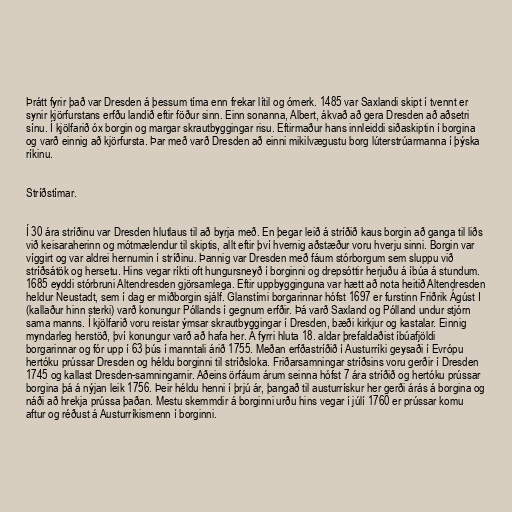
Þrátt fyrir það var Dresden á þessum tíma enn frekar lítil og ómerk. 1485 var Saxlandi skipt í tvennt er
synir kjörfurstans erfðu landið eftir föður sinn. Einn sonanna, Albert, ákvað að gera Dresden að aðsetri
sínu. Í kjölfarið óx borgin og margar skrautbyggingar risu. Eftirmaður hans innleiddi siðaskiptin í borgina
og varð einnig að kjörfursta. Þar með varð Dresden að einni mikilvægustu borg lúterstrúarmanna í þýska
ríkinu.

Stríðstímar.

Í 30 ára stríðinu var Dresden hlutlaus til að byrja með. En þegar leið á stríðið kaus borgin að ganga til liðs
við keisaraherinn og mótmælendur til skiptis, allt eftir því hvernig aðstæður voru hverju sinni. Borgin var
víggirt og var aldrei hernumin í stríðinu. Þannig var Dresden með fáum stórborgum sem sluppu við
stríðsátök og hersetu. Hins vegar ríkti oft hungursneyð í borginni og drepsóttir herjuðu á íbúa á stundum.
1685 eyddi stórbruni Altendresden gjörsamlega. Eftir uppbygginguna var hætt að nota heitið Altendresden
heldur Neustadt, sem í dag er miðborgin sjálf. Glanstími borgarinnar hófst 1697 er furstinn Friðrik Ágúst I
(kallaður hinn sterki) varð konungur Póllands í gegnum erfðir. Þá varð Saxland og Pólland undur stjórn
sama manns. Í kjölfarið voru reistar ýmsar skrautbyggingar í Dresden, bæði kirkjur og kastalar. Einnig
myndarleg herstöð, því konungur varð að hafa her. Á fyrri hluta 18. aldar þrefaldaðist íbúafjöldi
borgarinnar og fór upp í 63 þús í manntali árið 1755. Meðan erfðastríðið í Austurríki geysaði í Evrópu
hertóku prússar Dresden og héldu borginni til stríðsloka. Friðarsamningar stríðsins voru gerðir í Dresden
1745 og kallast Dresden-samningarnir. Aðeins örfáum árum seinna hófst 7 ára stríðið og hertóku prússar
borgina þá á nýjan leik 1756. Þeir héldu henni í þrjú ár, þangað til austurrískur her gerði árás á borgina og
náði að hrekja prússa þaðan. Mestu skemmdir á borginni urðu hins vegar í júlí 1760 er prússar komu
aftur og réðust á Austurríkismenn í borginni.